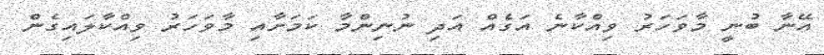
އޭނާ ބުނީ މާވަހަރު ވިއްކާނެ އަގެއް އަދި ނުނިންމާ ކަމަށާއި މާވަހަރު ވިއްކާލައިގެން